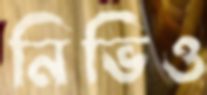
নিভিও